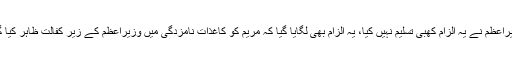
مریم نواز پر وزیراعظم کے زیر کفالت ہونے کا الزام لگایا گیا لیکن وزیراعظم نے یہ الزام کھبی تسلیم نہیں کیا، یہ الزام بھی لگایا گیا کہ مریم کو کاغذات نامزدگی میں وزیراعظم کے زیر کفالت ظاہر کیا گیا لیکن زیر کفالت افراد میں وزیراعظم نے اپنا اور اہلیہ کا نام درج کیا۔